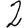
Digit: 2